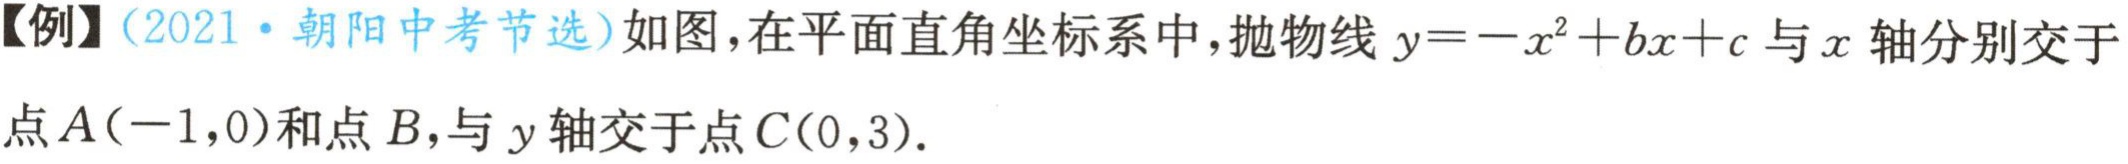
【例】（2021·朝阳中考节选）如图，在平面直角坐标系中，抛物线\(y = -x^{2}+bx + c\)与\(x\)轴分别交于点\(A(-1,0)\)和点\(B\)，与\(y\)轴交于点\(C(0,3)\)．